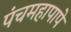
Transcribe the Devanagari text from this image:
पंचमहापापे